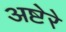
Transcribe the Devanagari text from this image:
अष्टेरे